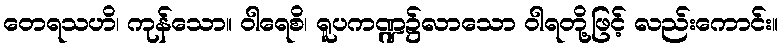
တေရသဟိ၊ ကုန်သော။ ဝါရေစိ၊ ရူပကဏ္ဍ၌လာသော ဝါရတို့ဖြင့် လည်းကောင်း။